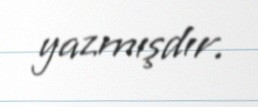
yazmışdır.